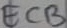
Text: ECB